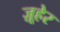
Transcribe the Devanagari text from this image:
ज़ूहेर